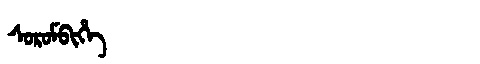
Manchu: ᠰᠣᡵᠣᠮᠪᡳᡥᡝ
Romanization: SOROMBIHE